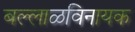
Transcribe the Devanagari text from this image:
बल्लाळविनायक